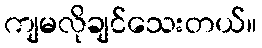
ကျမလိုချင်သေးတယ်။